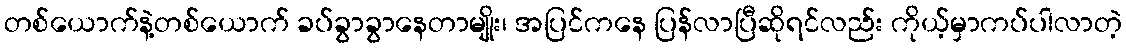
တစ်ယောက်နဲ့တစ်ယောက် ခပ်ခွာခွာနေတာမျိုး၊ အပြင်ကနေ ပြန်လာပြီဆိုရင်လည်း ကိုယ့်မှာကပ်ပါလာတဲ့